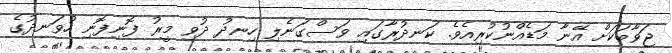
ޖަވާބަކަށް އޭނާ މަޑެއްނުކުރިއެވެ. ކަނދުރާގައި ވަސްގަނެލި ހިނދު ދުވި މީރު ފޮނިފޮނި ހުވަނދުގެ